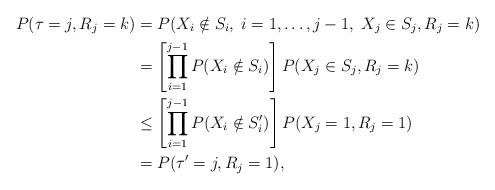
LaTeX: \begin{align*}P(\tau=j,R_j=k)&=P(X_i\notin S_i,\;i=1,\dots,j-1,\;X_j\in S_j,R_j=k)\\&=\left[\prod_{i=1}^{j-1}P(X_i\notin S_i)\right] P(X_j\in S_j, R_j=k)\\&\le\left[\prod_{i=1}^{j-1}P(X_i\notin S_i')\right] P(X_j=1,R_j=1)\\&=P(\tau'=j,R_j=1),\end{align*}